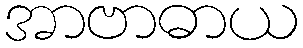
အာဗာဓာယ